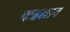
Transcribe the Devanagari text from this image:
कहलान